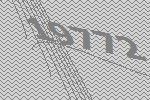
19772